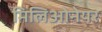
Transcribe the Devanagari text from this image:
मिलिओनेयर